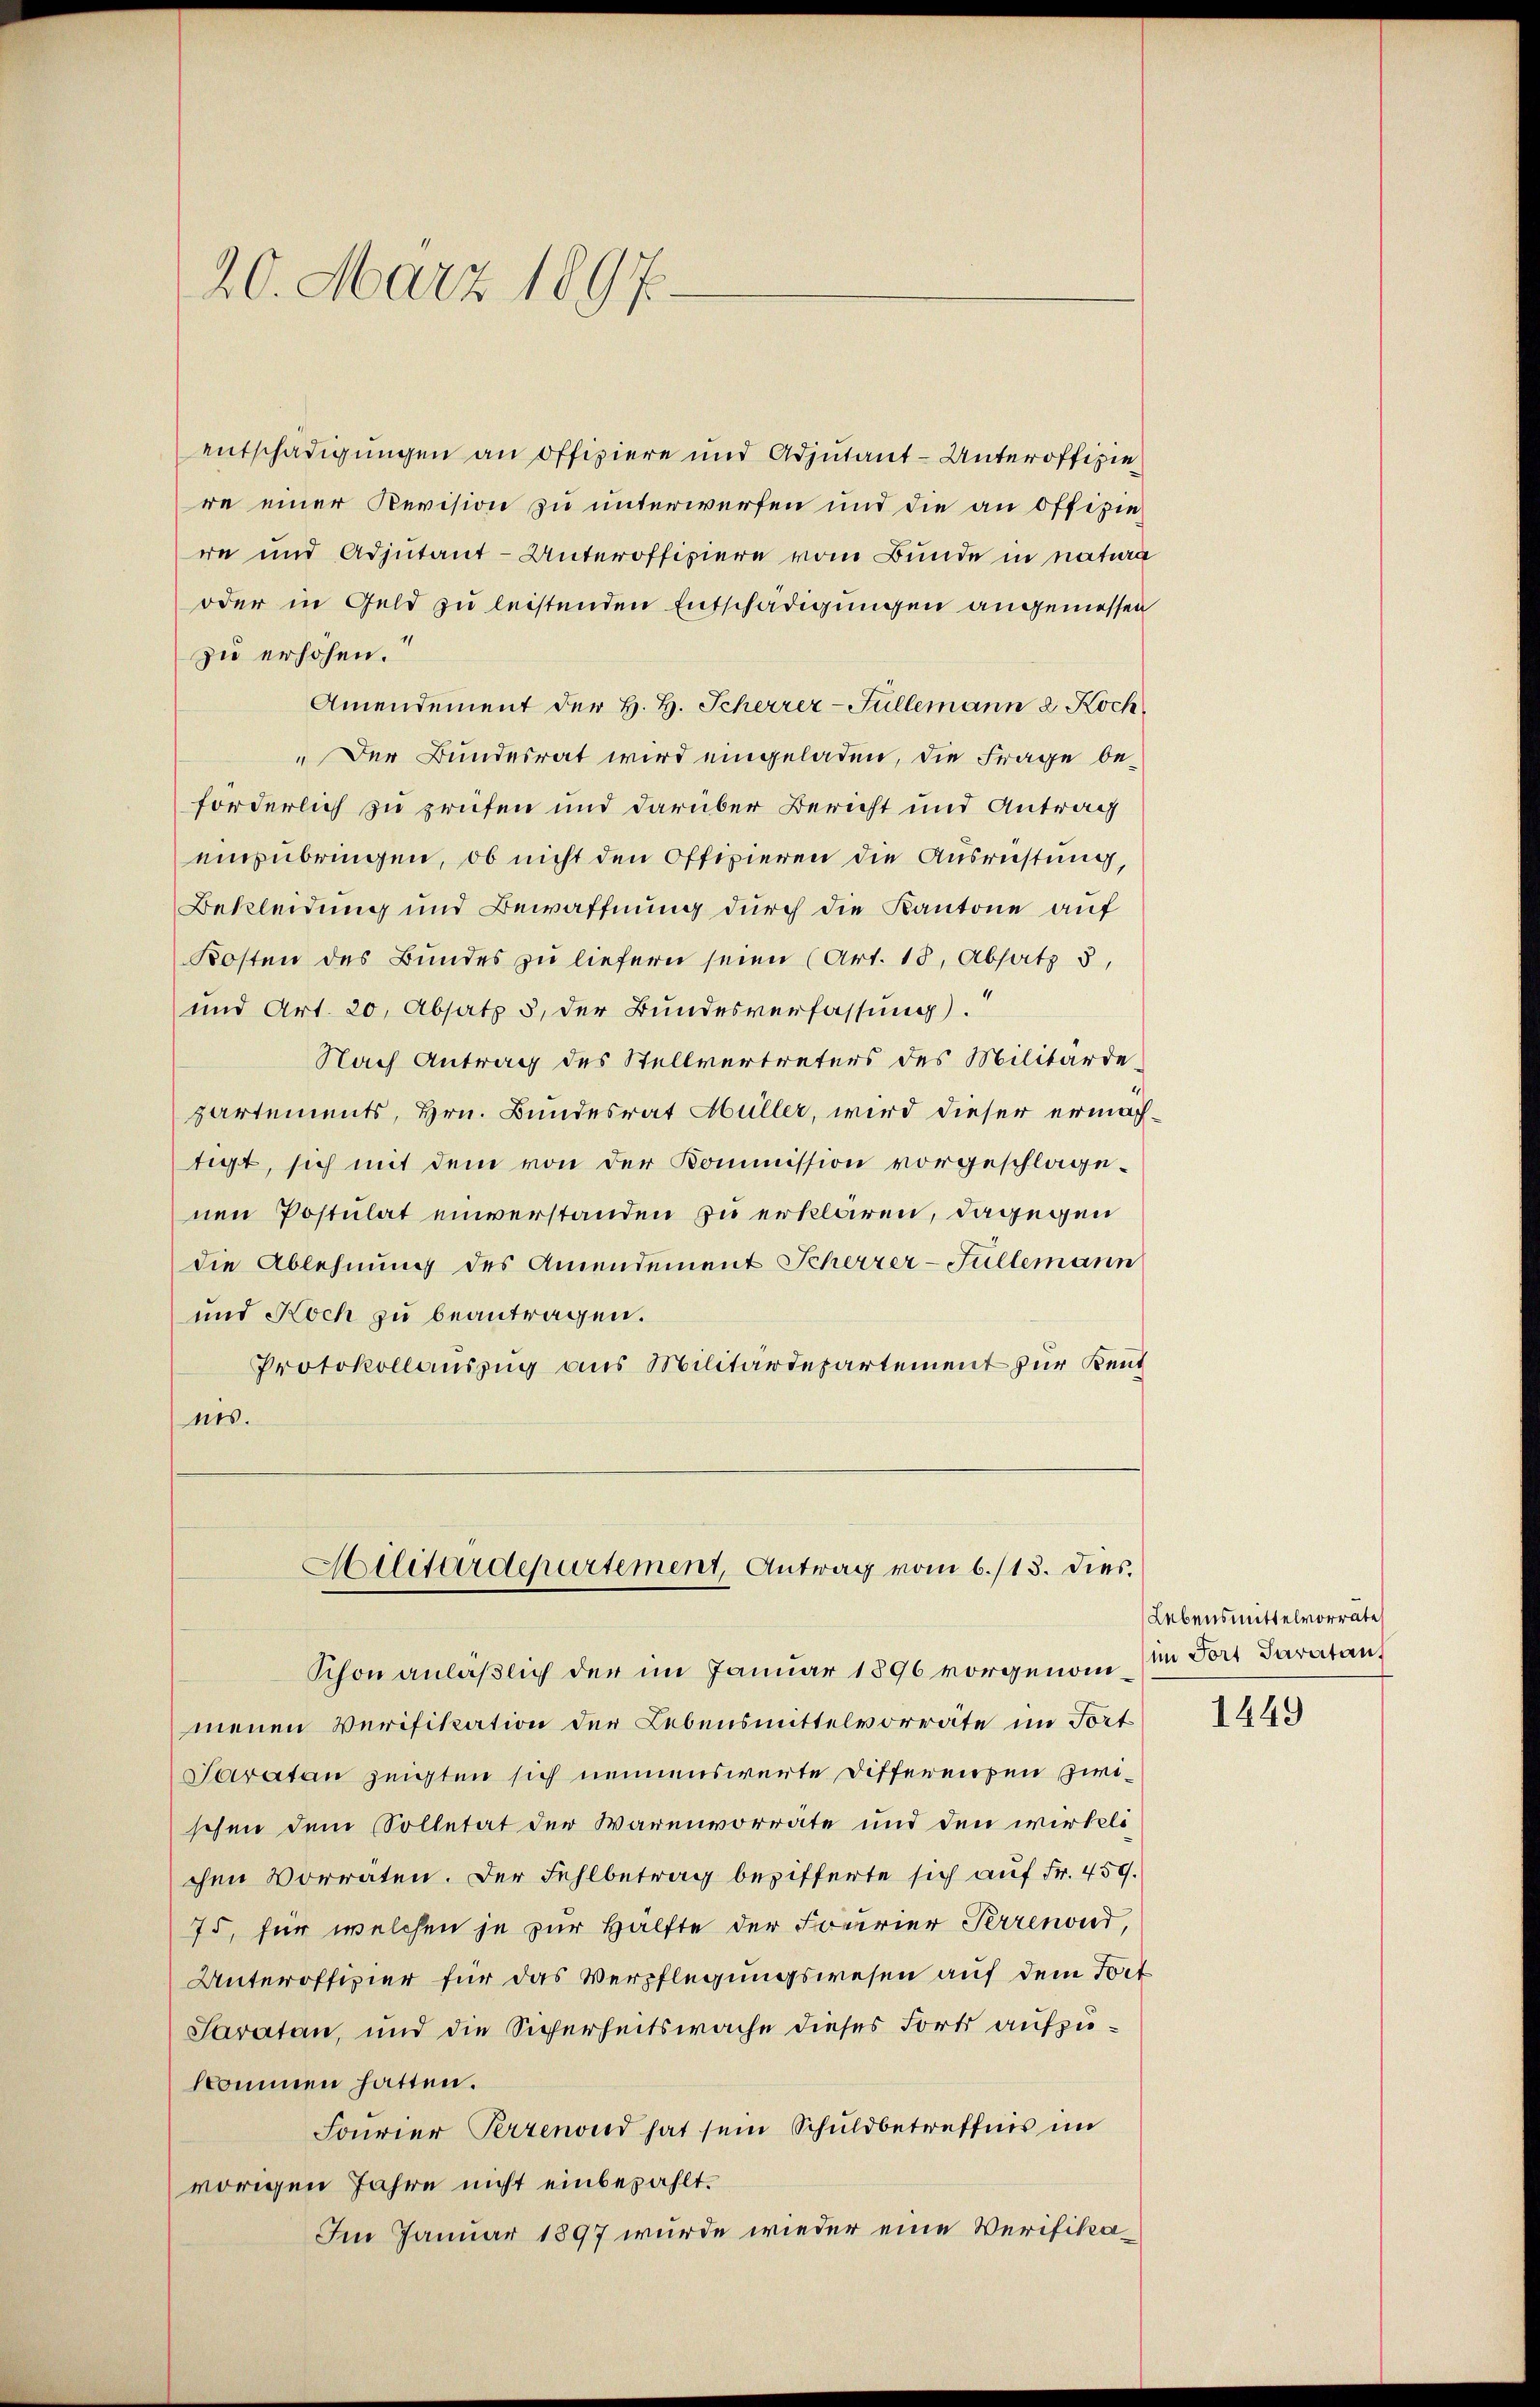
20. März 1897.

entschädigungen an offiziere und Adjutant-Unteroffizie
re einer Revision zu unterwerfen und die an offiziere und Adjutant-Unteroffiziere vom Bunde in natura
oder in Geld zu leistenden Entschädigungen angemessen
zu erhöhen.“
Amendement der H. H. Scherrer-Füllemann 2 Koch
"Der Bundesrat wird eingeladen, die Frage beforderlich zu prüfen und darüber Bericht und Antrag
einzubringen, ob nicht den Offizieren die Ausrüstung,
Bekleidung und Bewaffnung durch die Kantone auf
Kosten des Bundes zu liefern seien (Art. 18. Absatz 3,
und Art. 20. Absatz 5, der Bundesverfassung).
Nach Antrag des Stellvertreters des Militärde-
partements, Hrn. Bundesrat Müller, wird dieser ermächtigt, sich mit dem von der Kommission vorgeschlagenen Postulat einverstanden zu erklären, dagegen
die Ablehnung des Amendement Scherzer-Füllemann
und Koch zu beantragen.
Protokollauszug aus Militärdepartement zur Kentnis.

Militärdepartement, Antrag vom 6./13. dies.

Schon anläßlich der im Januar 1896 vorgenom (in Fort daratan
menen Verifikation der Lebensmittelvorräte im Tort
Saratan zeigten sich nennenswerte Differenzen zwischen dem Solletät der Warenvorräte und den wirkeli
chen Vorräten. Der Fehlbetrag bezifferte sich auf Fr. 459.
75, für welchen je zur Hälfte der Fonerier Perrenond,
Unteroffizier für das Verpflegungswesen auf dem Tort
Faratan, und die Sicherheitswache dieses Forts aufzukommen hatten.
Fourier Perrenond hat sein Schuldbetreffnis im
vorigen Jahre nicht einbezahlt.
Im Januar 1897 wurde wieder eine Verifika¬

Lebensmittelvorräte

1449